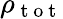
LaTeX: \rho_{\mathrm{~t~o~t~}}